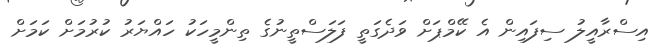
އިސްރާއީލު ސިފައިން އެ ކޭމްޕަށް ވަދެގަތީ ފަލަސްތީނުގެ ތިންމީހަކު ހައްޔަރު ކުރުމަށް ކަމަށް